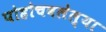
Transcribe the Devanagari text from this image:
पोहोचवलेल्या